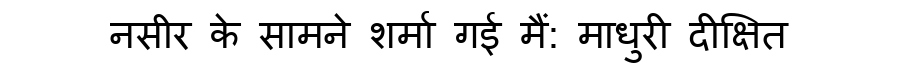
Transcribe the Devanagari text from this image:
नसीर के सामने शर्मा गई मैं: माधुरी दीक्षित